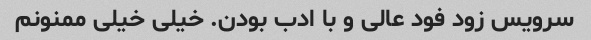
سرویس زود فود عالی و با ادب بودن. خیلی خیلی ممنونم